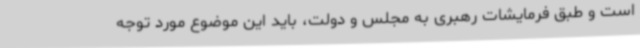
است و طبق فرمایشات رهبری به مجلس و دولت، باید این موضوع مورد توجه